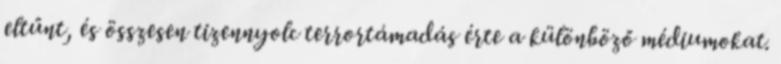
eltűnt, és összesen tizennyolc terrortámadás érte a különböző médiumokat.